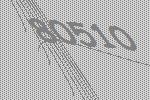
80510